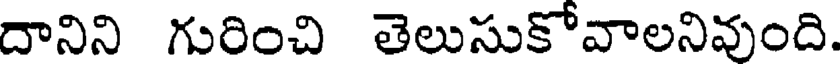
దానిని గురించి తెలుసుకోవాలనివుంది.